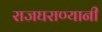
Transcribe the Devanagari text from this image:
राजघराण्यानी